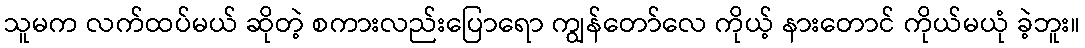
သူမက လက်ထပ်မယ် ဆိုတဲ့ စကားလည်းပြောရော ကျွန်တော်လေ ကိုယ့် နားတောင် ကိုယ်မယုံ ခဲ့ဘူး။